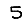
Digit: 5